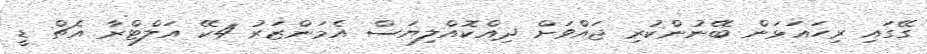
ގޭގައި ރިހައަޅަން ބޭނުންކުރި ޖައްވަށް ދިއްކޮއްލިޔަސް އެމަންޒަރު 4ކޭ އަލްޓްރާ އެޗް ޑީ